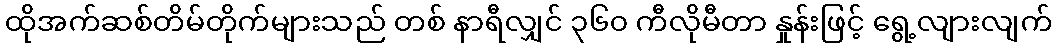
ထိုအက်ဆစ်တိမ်တိုက်များသည် တစ် နာရီလျှင် ၃၆၀ ကီလိုမီတာ နှုန်းဖြင့် ရွေ့လျားလျက်